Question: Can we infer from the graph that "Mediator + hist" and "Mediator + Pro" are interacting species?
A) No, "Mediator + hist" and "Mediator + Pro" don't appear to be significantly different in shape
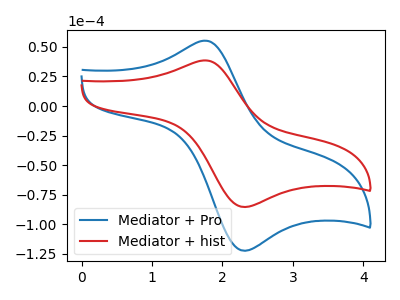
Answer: <think>The blue curve "Mediator + Pro" has an anodic peak at (1.75V, 55.30uA) and a cathodic peak at (2.35V, -122.40uA). The red curve "Mediator + hist" has an anodic peak at (1.75V, 38.60uA) and a cathodic peak at (2.35V, -85.40uA).
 All the peaks in "Mediator + hist" have a peak in "Mediator + Pro" at the same potential. Every peak in "Mediator + hist" is lower than every peak in "Mediator + Pro".</think>
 <answer>A) No, "Mediator + hist" and "Mediator + Pro" don't appear to be significantly different in shape</answer>
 <eval>A</eval>